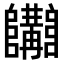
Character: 𨽩